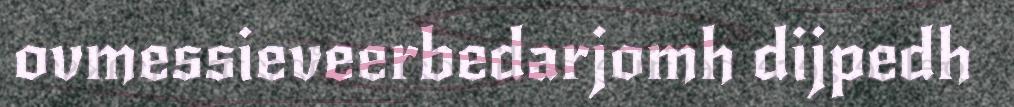
ovmessieveerbedarjomh dijpedh